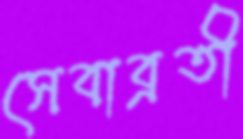
সেবাব্রতী